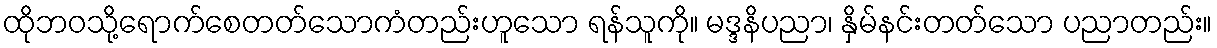
ထိုဘဝသို့ရောက်စေတတ်သောကံတည်းဟူသော ရန်သူကို။ မဒ္ဒနိပညာ၊ နှိမ်နင်းတတ်သော ပညာတည်း။